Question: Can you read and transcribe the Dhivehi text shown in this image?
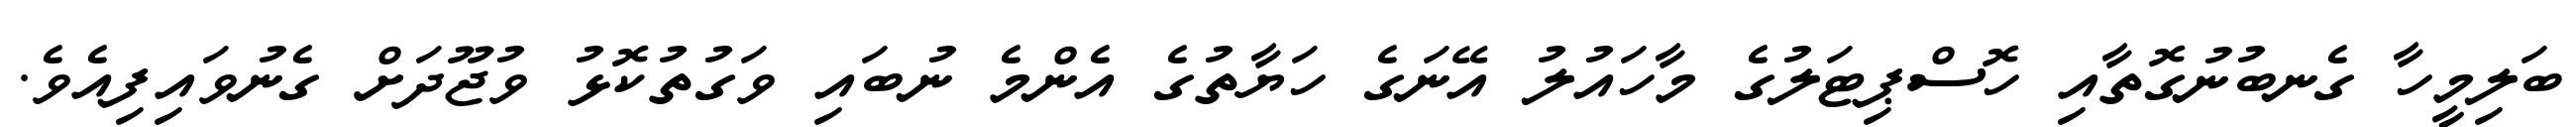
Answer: ބަލިމީހާ ގެނބުނުގޮތާއި ހޮސްޕިޓަލުގެ މާހައުލު އޭނަގެ ހަޔާތުގެ އެންމެ ނުބައި ވަގުތުކޮޅު ވުޖޫދަށް ގެނުވައިފިއެވެ.